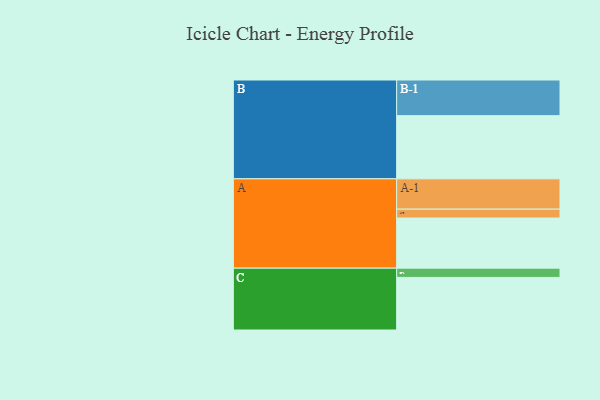
{"axis": {"x": "Segment", "y": "Value"}, "legend": ["", "A", "B", "C"], "data": [{"x": "A", "y": 412, "type": ""}, {"x": "B", "y": 519, "type": ""}, {"x": "C", "y": 432, "type": ""}, {"x": "A-1", "y": 249, "type": "A"}, {"x": "A-2", "y": 73, "type": "A"}, {"x": "B-1", "y": 293, "type": "B"}, {"x": "C-1", "y": 76, "type": "C"}]}